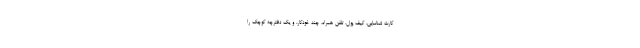
کارت شناسایی، کیف پول، تلفن همراه، چند خودکار، و یک دفترچه کوچک را